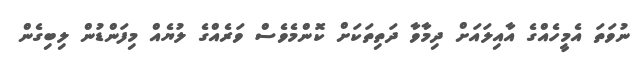
ނުވަތަ އެމީހެއްގެ އާއިލައަށް ދިމާވާ ދަތިތަކަށް ކޮންމެވެސް ވަރެއްގެ ލުޔެއް މިފަންޑުން ލިބިގެން